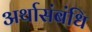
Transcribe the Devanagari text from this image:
अर्थासंबंधि